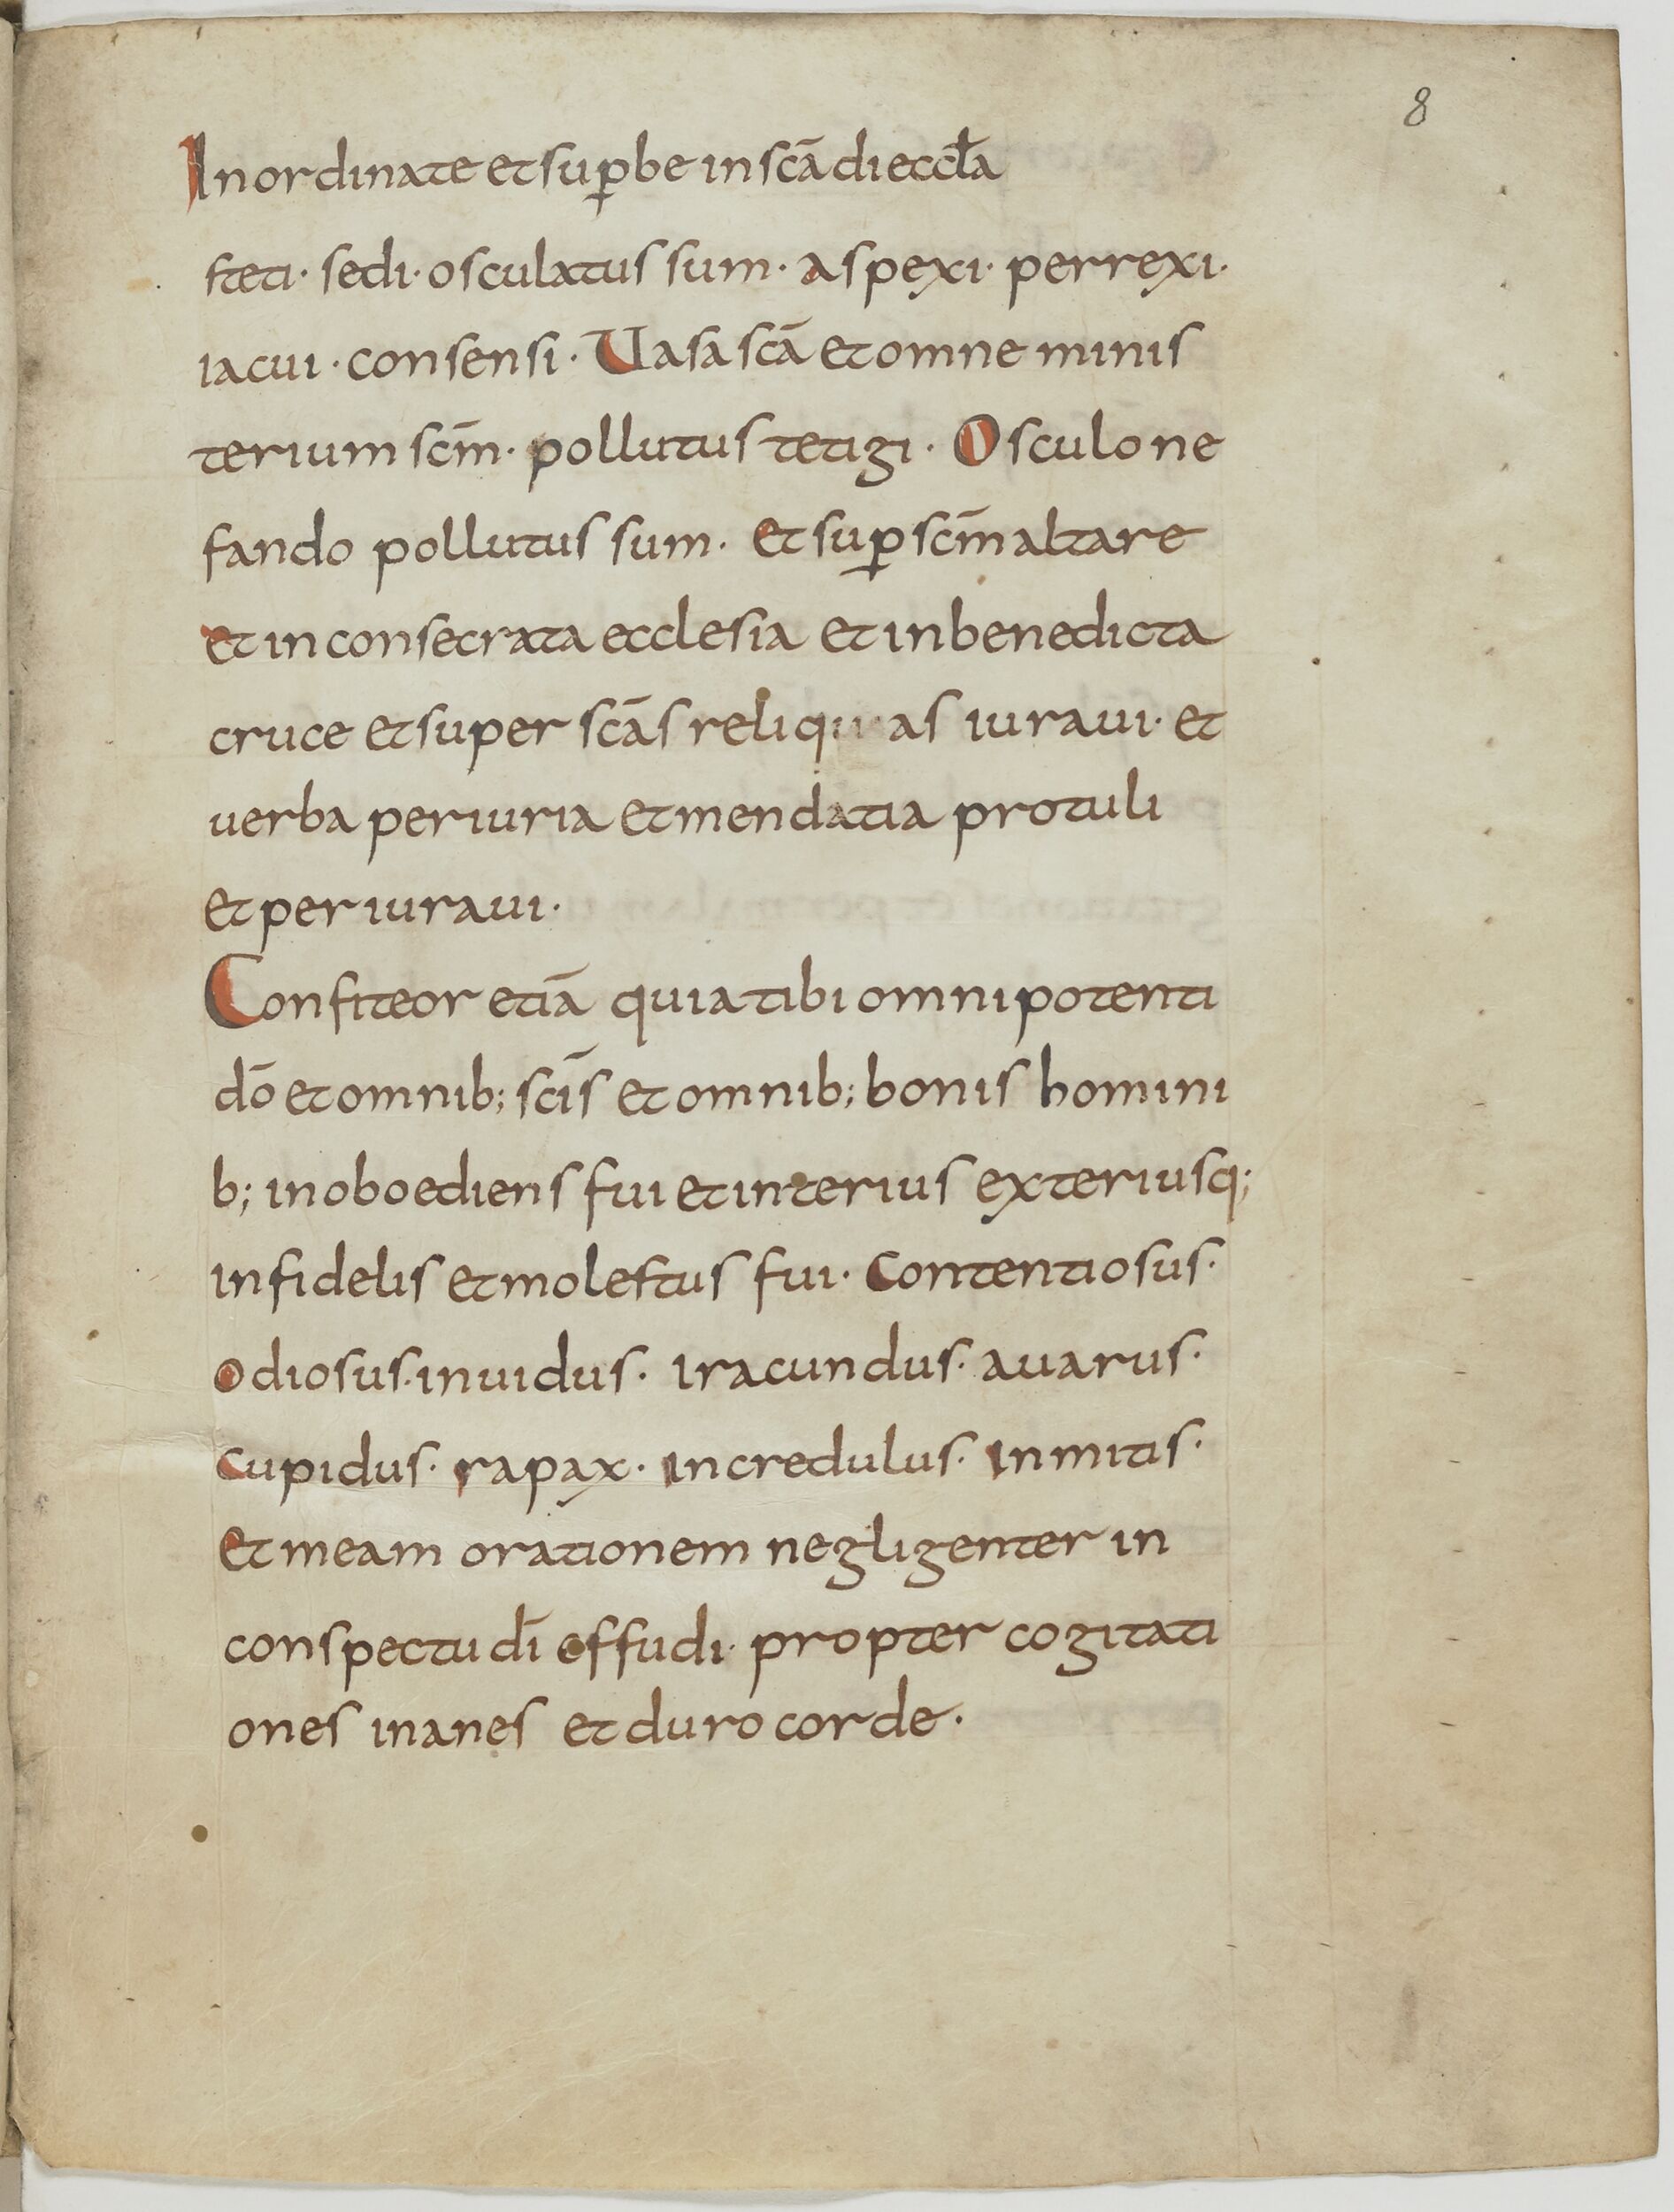
Shelfmark: Paris, BnF, lat. 13388
Century: 9